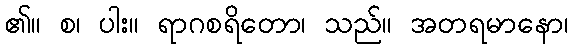
၏။ စ၊ ပါး။ ရာဂစရိတော၊ သည်။ အတရမာနော၊